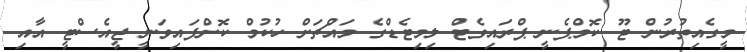
މީގެއިތުރުން ޓޫ ކޮމްޕެނީ ޕްރައިވެޓް ލިމިޓެޑްގެ މައްޗަށް ހުކުމް ކޮށްފައިވަނީ ޖީއެސްޓީ އާއި